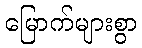
မြောက်များစွာ